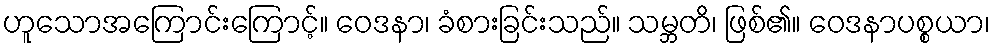
ဟူသောအကြောင်းကြောင့်။ ဝေဒနာ၊ ခံစားခြင်းသည်။ သမ္ဘတိ၊ ဖြစ်၏။ ဝေဒနာပစ္စယာ၊